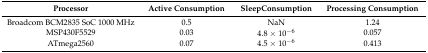
<table><thead><tr><td><b>Processor</b></td><td><b>Active Consumption</b></td><td><b>SleepConsumption</b></td><td><b>Processing Consumption</b></td></tr></thead><tbody><tr><td>Broadcom BCM2835 SoC 1000 MHz</td><td>0.5 </td><td>NaN</td><td>1.24 </td></tr><tr><td>MSP430F5529</td><td>0.03 </td><td>4.8 × 10<sup>−6</sup></td><td>0.057 </td></tr><tr><td>ATmega2560</td><td>0.07 </td><td>4.5 × 10<sup>−6</sup></td><td>0.413 </td></tr></tbody></table>